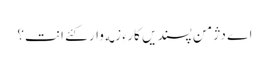
اے دژمن پسندیں کارءِ زمه وار کئے انت؟